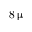
8 \, \upmu